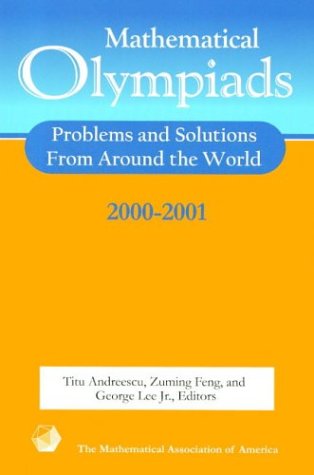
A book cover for Mathematical Olympiads, 2000-2001: Problems and Solutions from Around the World (MAA Problem Book Series); Science & Math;